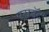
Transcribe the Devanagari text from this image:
एसडॅट